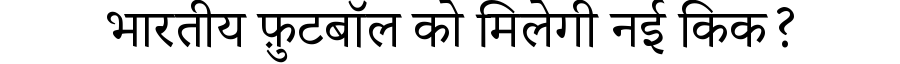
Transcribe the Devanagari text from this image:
भारतीय फ़ुटबॉल को मिलेगी नई किक?